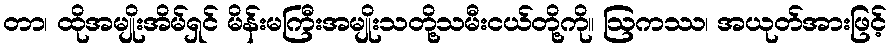
တာ၊ ထိုအမျိုးအိမ်ရှင် မိန်းမကြီးအမျိုးသတို့သမီးငယ်တို့ကို။ ဩကဿ၊ အယုတ်အားဖြင့်